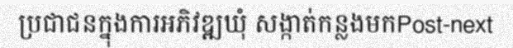
ប្រជាជនក្នុងការអភិវឌ្ឍឃុំ សង្កាត់កន្លងមកPost-next